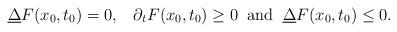
LaTeX: \begin{align*}\underline{\Delta}F(x_{0},t_{0})=0,\;\;\; \partial_{t} F(x_{0},t_{0})\ge 0\;\; \mbox{and}\;\; \underline{\Delta}F(x_{0},t_{0})\le 0.\end{align*}